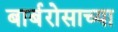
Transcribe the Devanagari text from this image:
बार्बरोसाच्या